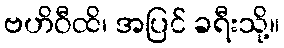
ဗဟိဝီထိ၊ အပြင် ခရီးသို့။